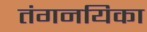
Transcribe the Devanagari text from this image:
तंगनयिका